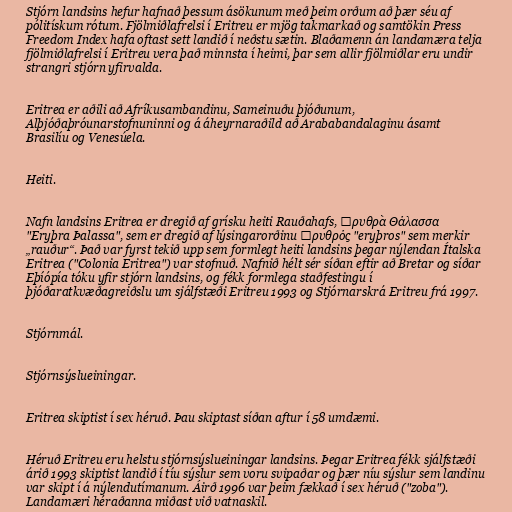
Stjórn landsins hefur hafnað þessum ásökunum með þeim orðum að þær séu af
pólitískum rótum. Fjölmiðlafrelsi í Eritreu er mjög takmarkað og samtökin Press
Freedom Index hafa oftast sett landið í neðstu sætin. Blaðamenn án landamæra telja
fjölmiðlafrelsi í Eritreu vera það minnsta í heimi, þar sem allir fjölmiðlar eru undir
strangri stjórn yfirvalda.

Eritrea er aðili að Afríkusambandinu, Sameinuðu þjóðunum,
Alþjóðaþróunarstofnuninni og á áheyrnaraðild að Arababandalaginu ásamt
Brasilíu og Venesúela.

Heiti.

Nafn landsins Eritrea er dregið af grísku heiti Rauðahafs, Ἐρυθρὰ Θάλασσα
"Eryþra Þalassa", sem er dregið af lýsingarorðinu ἐρυθρός "eryþros" sem merkir
„rauður“. Það var fyrst tekið upp sem formlegt heiti landsins þegar nýlendan Ítalska
Eritrea ("Colonia Eritrea") var stofnuð. Nafnið hélt sér síðan eftir að Bretar og síðar
Eþíópía tóku yfir stjórn landsins, og fékk formlega staðfestingu í
þjóðaratkvæðagreiðslu um sjálfstæði Eritreu 1993 og Stjórnarskrá Eritreu frá 1997.

Stjórnmál.

Stjórnsýslueiningar.

Eritrea skiptist í sex héruð. Þau skiptast síðan aftur í 58 umdæmi.

Héruð Eritreu eru helstu stjórnsýslueiningar landsins. Þegar Eritrea fékk sjálfstæði
árið 1993 skiptist landið í tíu sýslur sem voru svipaðar og þær níu sýslur sem landinu
var skipt í á nýlendutímanum. Áirð 1996 var þeim fækkað í sex héruð ("zoba").
Landamæri héraðanna miðast við vatnaskil.